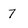
Character: 7